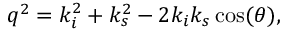
q ^ { 2 } = k _ { i } ^ { 2 } + k _ { s } ^ { 2 } - 2 k _ { i } k _ { s } \cos ( \theta ) ,